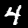
Label: 4